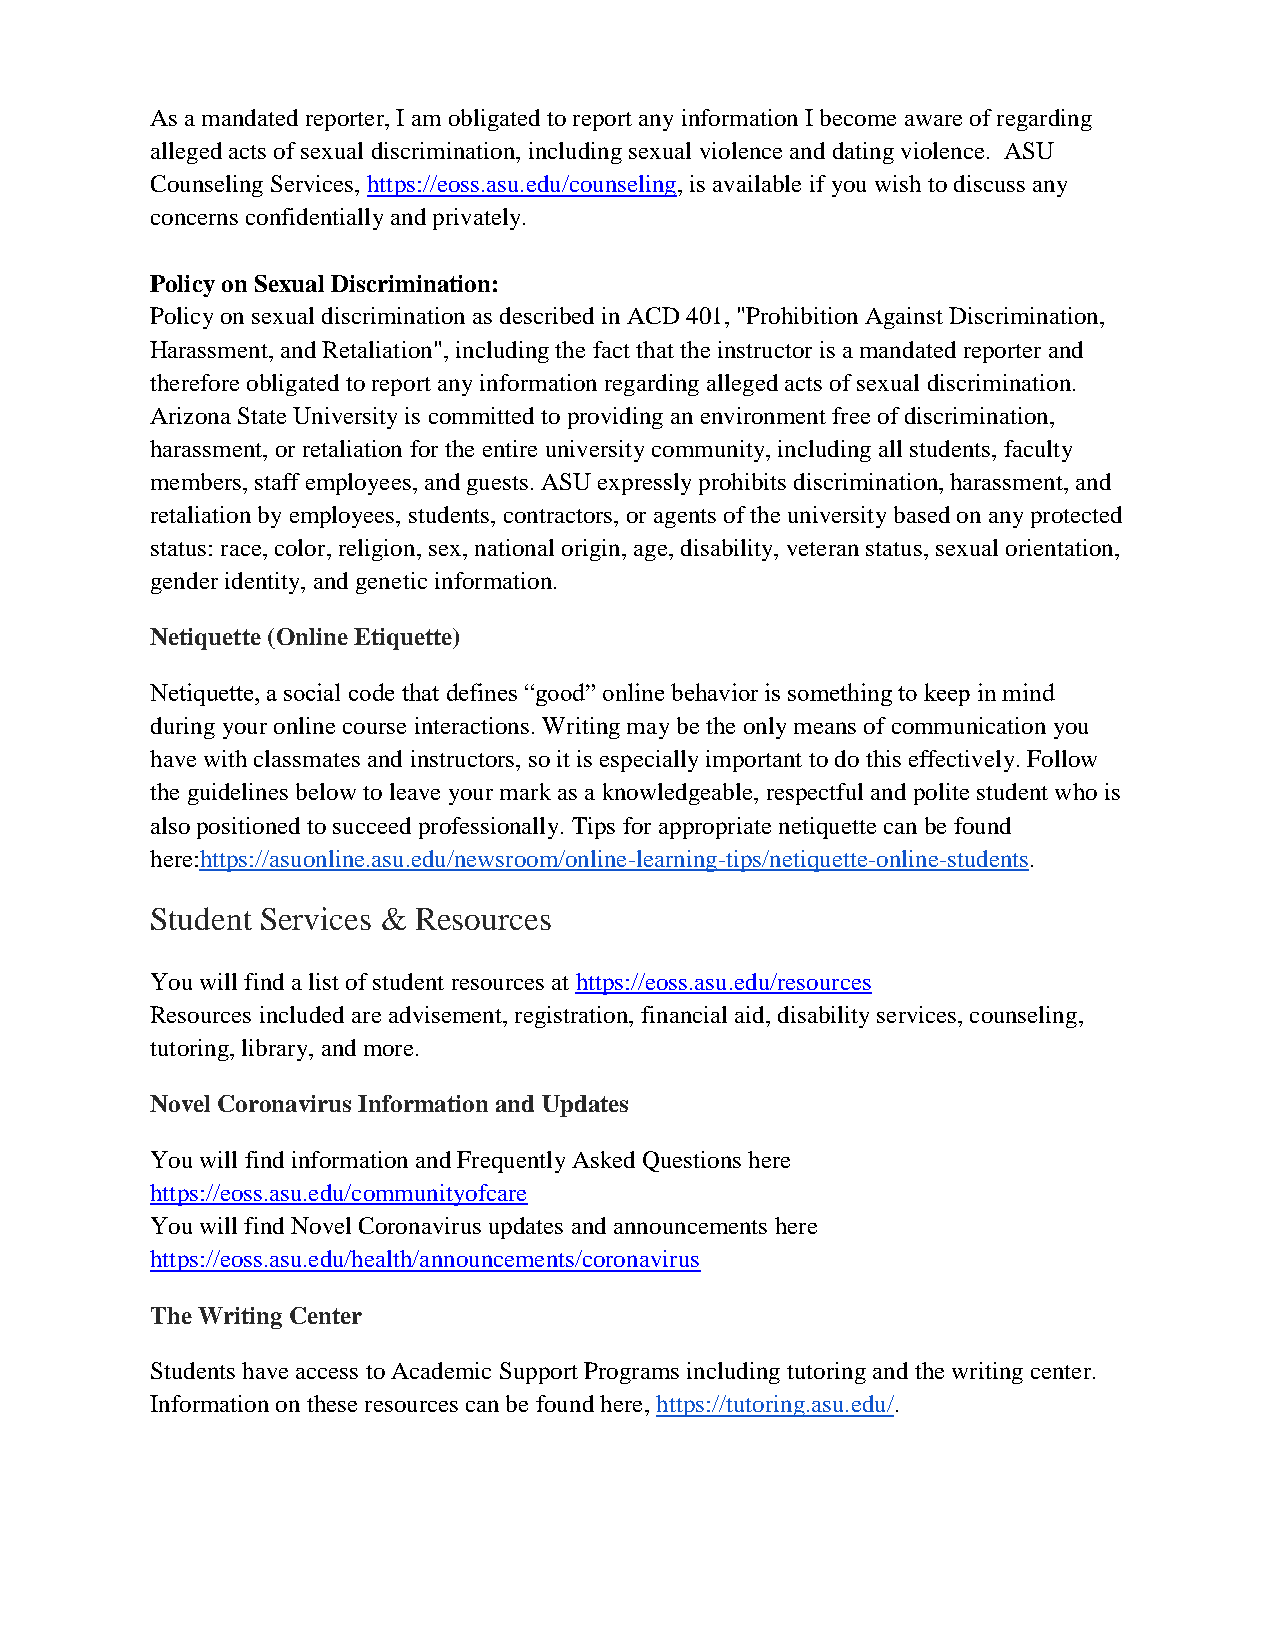
As a mandated reporter, I am obligated to report any information I become aware of regarding
 alleged acts of sexual discrimination, including sexual violence and dating violence. ASU
 Counseling Services, https://eoss.asu.edu/counseling, is available if you wish to discuss any
 concerns confidentially and privately.
 Policy on Sexual Discrimination:
 Policy on sexual discrimination as described in ACD 401, "Prohibition Against Discrimination,
 Harassment, and Retaliation", including the fact that the instructor is a mandated reporter and
 therefore obligated to report any information regarding alleged acts of sexual discrimination.
 Arizona State University is committed to providing an environment free of discrimination,
 harassment, or retaliation for the entire university community, including all students, faculty
 members, staff employees, and guests. ASU expressly prohibits discrimination, harassment, and
 retaliation by employees, students, contractors, or agents of the university based on any protected
 status: race, color, religion, sex, national origin, age, disability, veteran status, sexual orientation,
 gender identity, and genetic information.
 Netiquette (Online Etiquette)
 Netiquette, a social code that defines ―good‖ online behavior is something to keep in mind
 during your online course interactions. Writing may be the only means of communication you
 have with classmates and instructors, so it is especially important to do this effectively. Follow
 the guidelines below to leave your mark as a knowledgeable, respectful and polite student who is
 also positioned to succeed professionally. Tips for appropriate netiquette can be found
 here:https://asuonline.asu.edu/newsroom/online-learning-tips/netiquette-online-students.
 Student Services & Resources
 You will find a list of student resources at https://eoss.asu.edu/resources
 Resources included are advisement, registration, financial aid, disability services, counseling,
 tutoring, library, and more.
 Novel Coronavirus Information and Updates
 You will find information and Frequently Asked Questions here
 https://eoss.asu.edu/communityofcare
 You will find Novel Coronavirus updates and announcements here
 https://eoss.asu.edu/health/announcements/coronavirus
 The Writing Center
 Students have access to Academic Support Programs including tutoring and the writing center.
 Information on these resources can be found here, https://tutoring.asu.edu/.